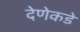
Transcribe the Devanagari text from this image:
देणेकडे